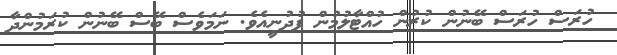
ހުރަސް ހުރަސް ބޭނުން ކުރުން ހުއްޓާލުމުން ފުދުނީއެވެ. ނަމަވެސް ބޭސް ބޭނުން ކުރަމުންދާ